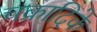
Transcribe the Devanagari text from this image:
चक्रादिके